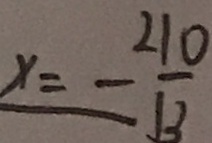
x = - \frac { 2 1 0 } { 1 3 }